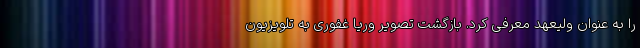
را به عنوان ولیعهد معرفی کرد. بازگشت تصویر وریا غفوری به تلویزیون